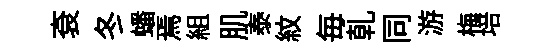
袞冬蟠焉組肌泰紋毎乹同游梅培